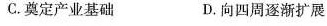
C.奠定产业基础 D.向四周逐渐扩展